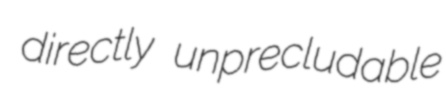
directly unprecludable